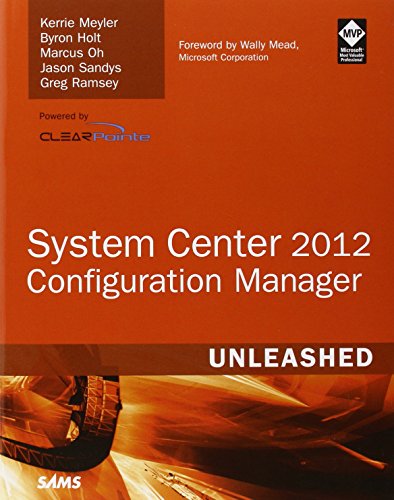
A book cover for System Center 2012 Configuration Manager (SCCM) Unleashed; Kerrie Meyler; Computers & Technology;